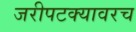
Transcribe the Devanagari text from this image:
जरीपटक्यावरच